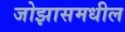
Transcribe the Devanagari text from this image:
जोझासमधील